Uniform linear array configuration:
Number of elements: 48
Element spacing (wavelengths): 0.25
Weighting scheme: cosine
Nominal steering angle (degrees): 15
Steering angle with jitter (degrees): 14.819
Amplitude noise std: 0.05
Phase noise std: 0.05

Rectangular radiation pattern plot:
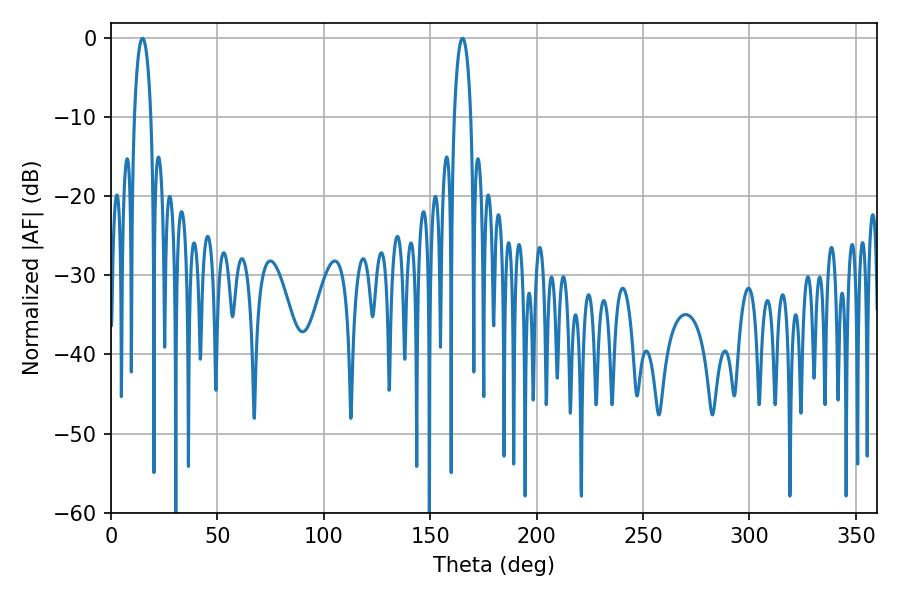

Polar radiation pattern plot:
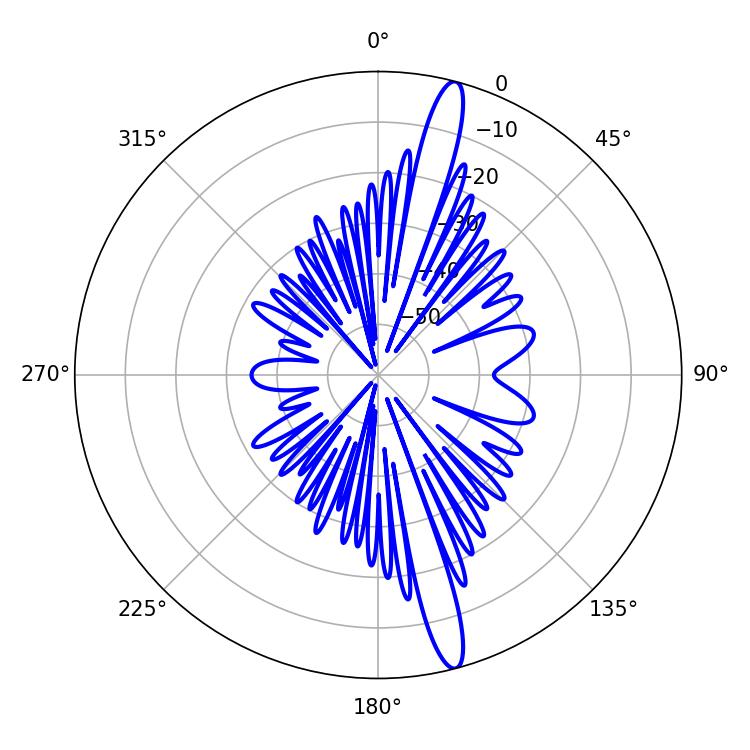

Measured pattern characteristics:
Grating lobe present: FALSE
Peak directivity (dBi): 16.483
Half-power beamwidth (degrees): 4.5
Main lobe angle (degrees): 14.76